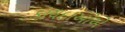
કાયદાઓએ